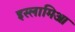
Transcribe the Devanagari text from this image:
इस्लामिआ